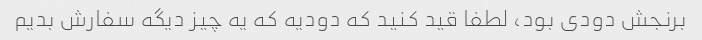
برنجش دودی بود، لطفا قید کنید که دودیه که یه چیز دیگه سفارش بدیم